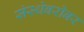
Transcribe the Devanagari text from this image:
संस्थेबरोबर